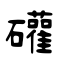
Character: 礶